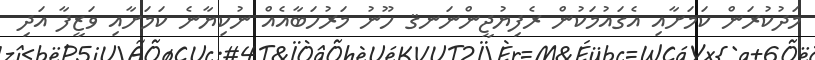
މަދުކުރަން ކަމަށާއި އެގައުމަކުން ރެފިޔުޖީންނަނޤ ހޫނު މަރުހަބާއެއް ނުކިޔާނެ ކަމަށާއި ވަޒީފާ އަދި